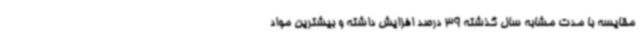
مقایسه با مدت مشابه سال گذشته 39 درصد افزایش داشته و بیشترین مواد